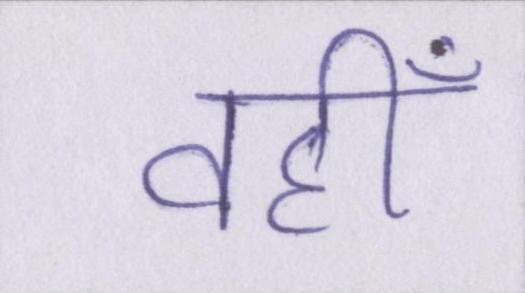
वहीँ